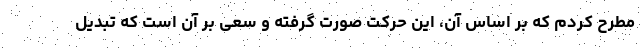
مطرح کردم که بر اساس آن، این حرکت صورت گرفته و سعی بر آن است که تبدیل